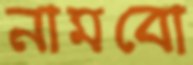
নামবো